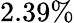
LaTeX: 2.39\%